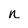
Character: n